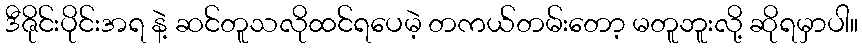
ဒီဇိုင်းပိုင်းအရ နဲ့ ဆင်တူသလိုထင်ရပေမဲ့ တကယ်တမ်းတော့ မတူဘူးလို့ ဆိုရမှာပါ။